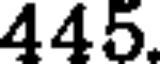
445.